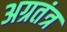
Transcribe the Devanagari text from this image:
अग्रतंत्र